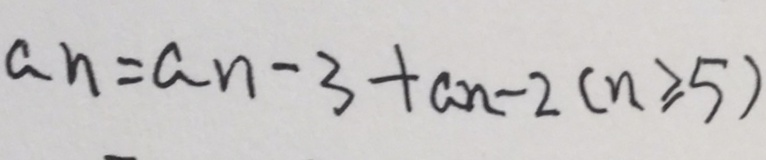
a _ { n } = a _ { n } - 3 + a _ { n } - 2 ( n \geq 5 )